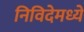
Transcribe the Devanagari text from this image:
निविदेमध्ये